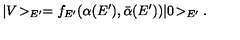
| V \! > _ { E ^ { \prime } } = f _ { E ^ { \prime } } ( \alpha ( E ^ { \prime } ) , \bar { \alpha } ( E ^ { \prime } ) ) | 0 \! > _ { E ^ { \prime } } .